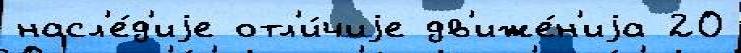
насл'е́д'иjе отл'и́чиjе дв'иже́н'иjа 20